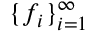
\{ f _ { i } \} _ { i = 1 } ^ { \infty }